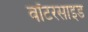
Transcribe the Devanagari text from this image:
वॉटरसाइड